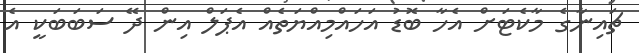
ޗައިނާގެ މާކެޓަށް އެހާ ބޮޑު އަހައްމިއްޔަތެއް އެޕަލް އިން ދޭ ސަބަބަކީ އެ